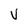
Character: v